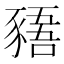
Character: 𲂡